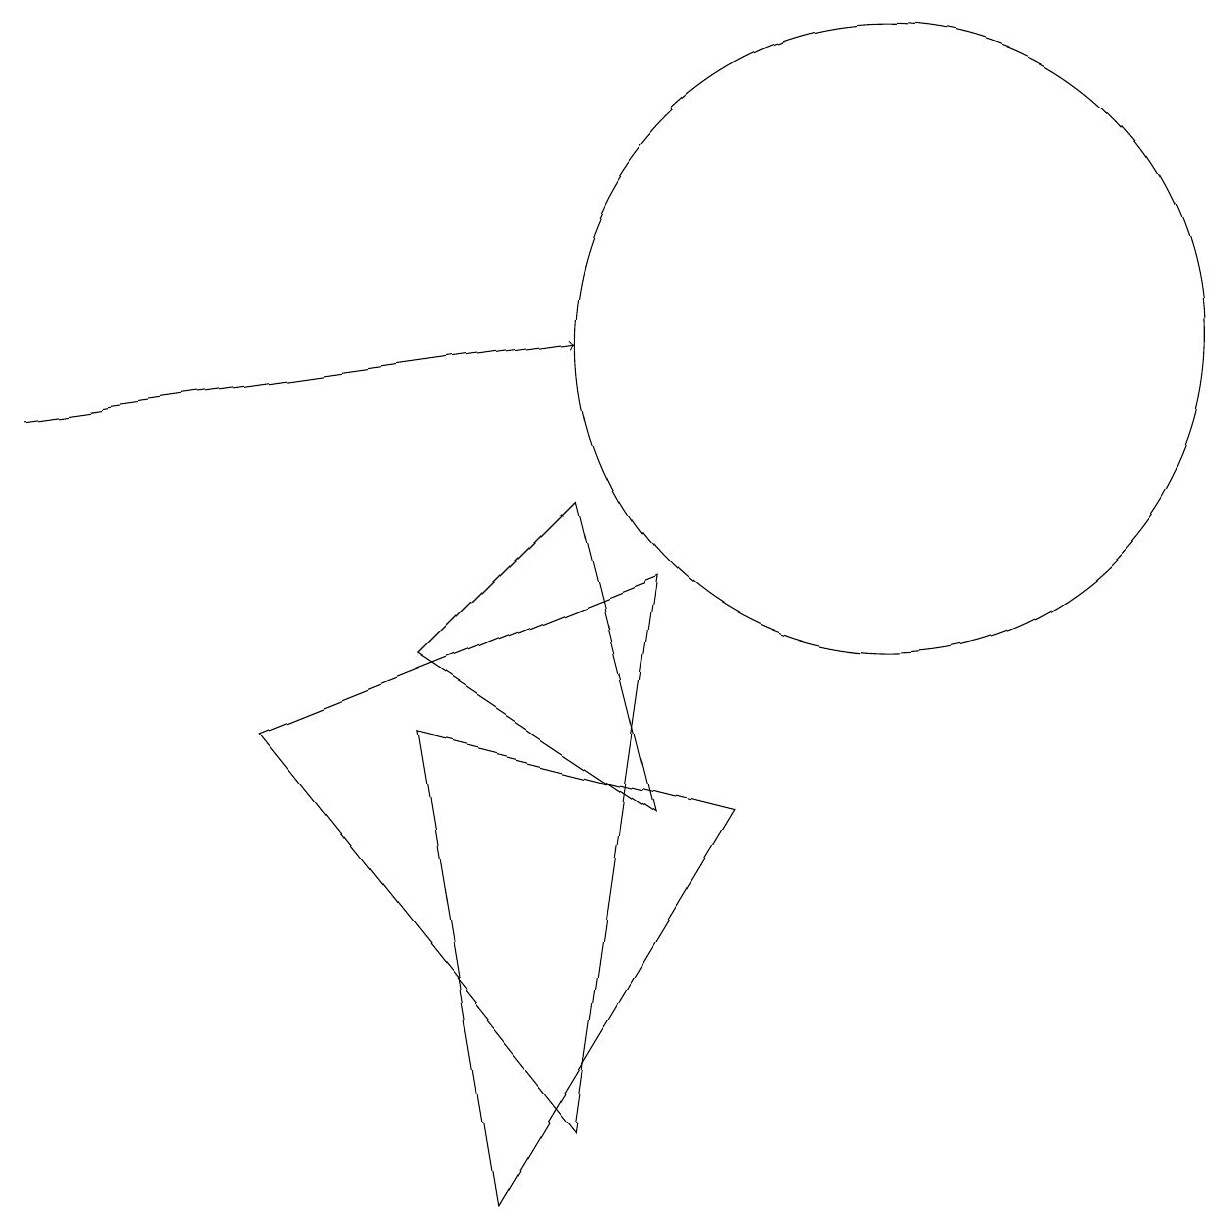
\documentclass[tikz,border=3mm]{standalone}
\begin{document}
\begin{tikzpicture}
\draw (11,11) circle (4);
\draw (8,8) -- (3,6) -- (7,1) -- cycle;
\draw[->] (0,10) -- (7,11);
\draw (5,6) -- (9,5) -- (6,0) -- cycle;
\draw (8,5) -- (7,9) -- (5,7) -- cycle;
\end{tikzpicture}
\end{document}